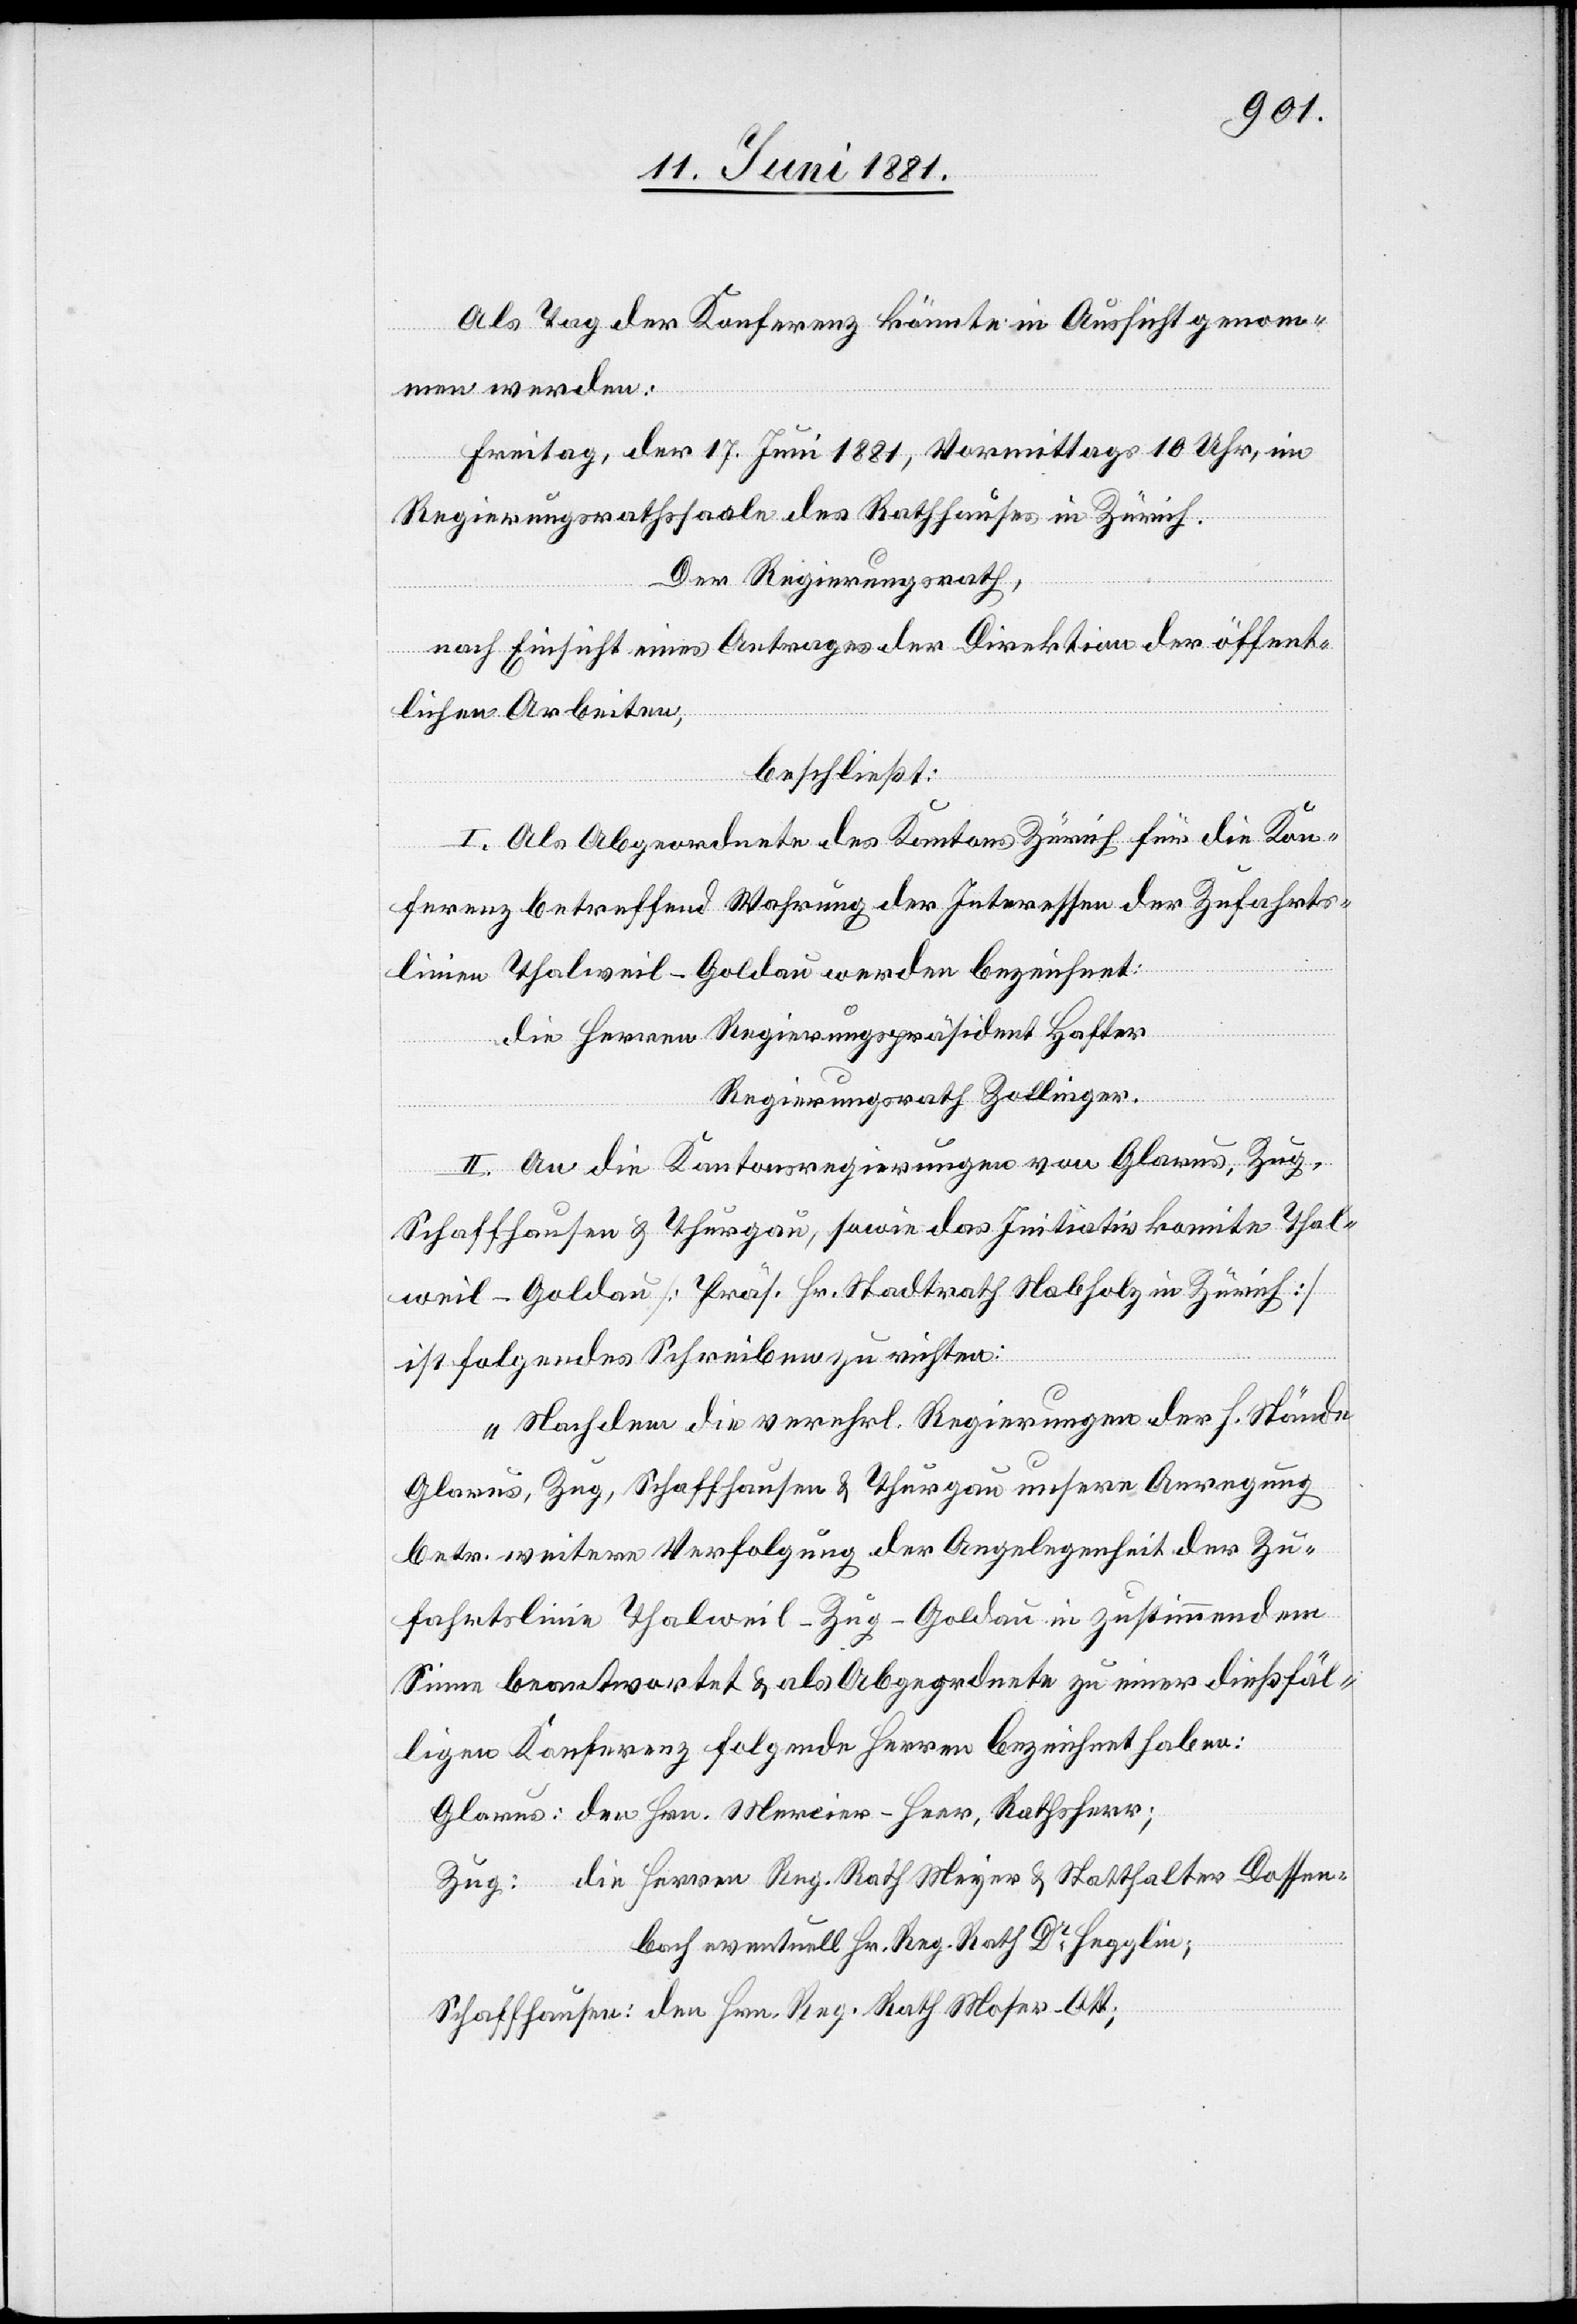
Als Tag der Konferenz könnte in Aussicht genom¬
Reg.
men werden:
Freitag, der 17. Juni 1881, Vormittags 10 Uhr, im
Regierungsrathssaale des Rathhauses in Zürich.
Der Regierungsrath,
nach Einsicht eines Antrages der Direktion der öffent¬
lichen Arbeiten,
beschließt:
I. Als Abgeordnete des Kantons Zürich für die Kon¬
ferenz betreffend Wahrung der Interessen der Zufahrts¬
linien Thalweil–Goldau werden bezeichnet:
die Herren Regierungspräsident Hafter
Regierungsrath Zollinger.
II. An die Kantonsregierungen von Glarus, Zug,
Schaffhausen & Thurgau, sowie das Initiativkomite Thal¬
weil–Goldau [Präs. Hr. Stadtrath Nabholz in Zürich]
ist folgendes Schreiben zu richten:
„Nachdem die verehrl. Regierungen der h. Stände
Glarus, Zug, Schaffhausen & Thurgau unsere Anregung
betr. weitere Verfolgung der Angelegenheit der Zu¬
fahrtslinie Thalweil–Zug–Goldau in zustimmendem
Sinne beantwortet & als Abgeordnete zu einer dießfäl¬
ligen Konferenz folgende Herren bezeichnet haben:
die Herren Reg. Rath Meyer & Statthalter Dossen¬
bach eventuell Hr. Reg. Rath Dr Hegglin;